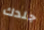
جلدك